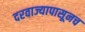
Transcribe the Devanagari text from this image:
दरवाज्यापासूनच